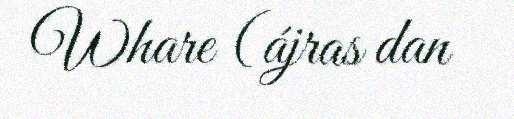
Whare (ájras dan